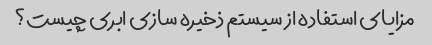
مزایای استفاده از سیستم ذخیره سازی ابری چیست؟